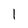
Character: 1